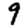
Digit: 9